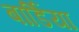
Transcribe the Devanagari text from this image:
बार्डिया